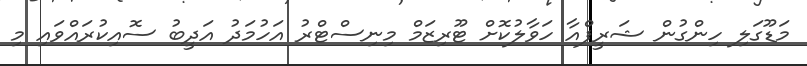
މަޑޫގަލި ހިންގުން ޝަރީފްއާ ހަވާލުކޮށް ޓޫރިޒަމް މިނިސްޓްރު އަހުމަދު އަދީބު ސޮއިކުރައްވައި މި